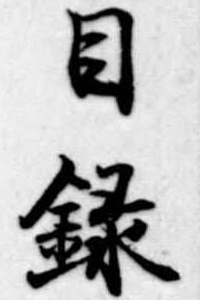
目録